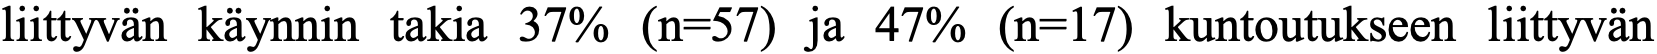
liittyvän käynnin takia 37% (n=57) ja 47% (n=17) kuntoutukseen liittyvän